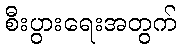
စီးပွားရေးအတွက်